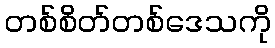
တစ်စိတ်တစ်ဒေသကို